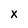
Character: X